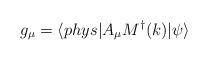
LaTeX: \begin{align*}g_{\mu}=\langle phys |A_{\mu} M^{\dagger}(k)|\psi \rangle\end{align*}